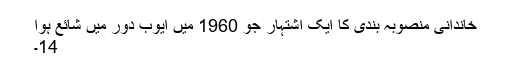
خاندانی منصوبہ بندی کا ایک اشتہار جو 1960 میں ایوب دور میں شائع ہوا
14۔